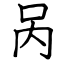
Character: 呙